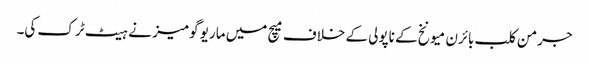
جرمن کلب بائرن میونخ کے ناپولی کے خلاف میچ میں ماریو گومیز نے ہیٹ ٹرک کی۔